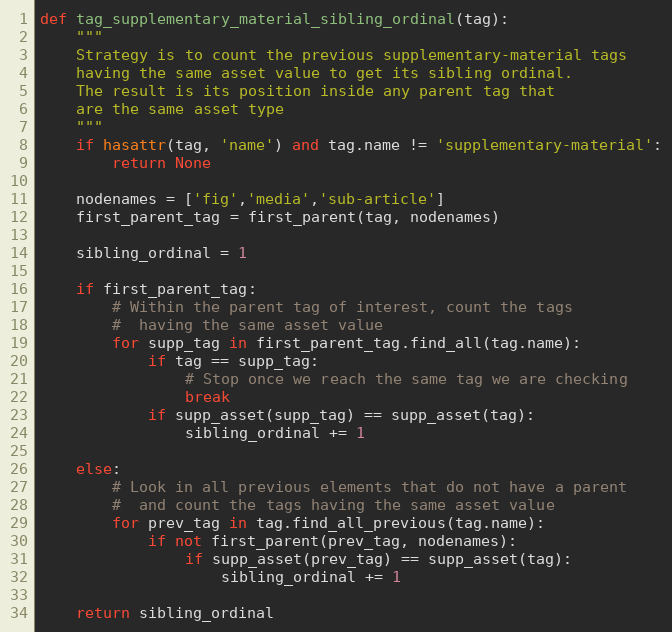
Language: Python
def tag_supplementary_material_sibling_ordinal(tag):
    """
    Strategy is to count the previous supplementary-material tags
    having the same asset value to get its sibling ordinal.
    The result is its position inside any parent tag that
    are the same asset type
    """
    if hasattr(tag, 'name') and tag.name != 'supplementary-material':
        return None

    nodenames = ['fig','media','sub-article']
    first_parent_tag = first_parent(tag, nodenames)

    sibling_ordinal = 1

    if first_parent_tag:
        # Within the parent tag of interest, count the tags
        #  having the same asset value
        for supp_tag in first_parent_tag.find_all(tag.name):
            if tag == supp_tag:
                # Stop once we reach the same tag we are checking
                break
            if supp_asset(supp_tag) == supp_asset(tag):
                sibling_ordinal += 1

    else:
        # Look in all previous elements that do not have a parent
        #  and count the tags having the same asset value
        for prev_tag in tag.find_all_previous(tag.name):
            if not first_parent(prev_tag, nodenames):
                if supp_asset(prev_tag) == supp_asset(tag):
                    sibling_ordinal += 1

    return sibling_ordinal